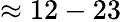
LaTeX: \approx 12-23